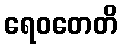
ရေဝတေတိ